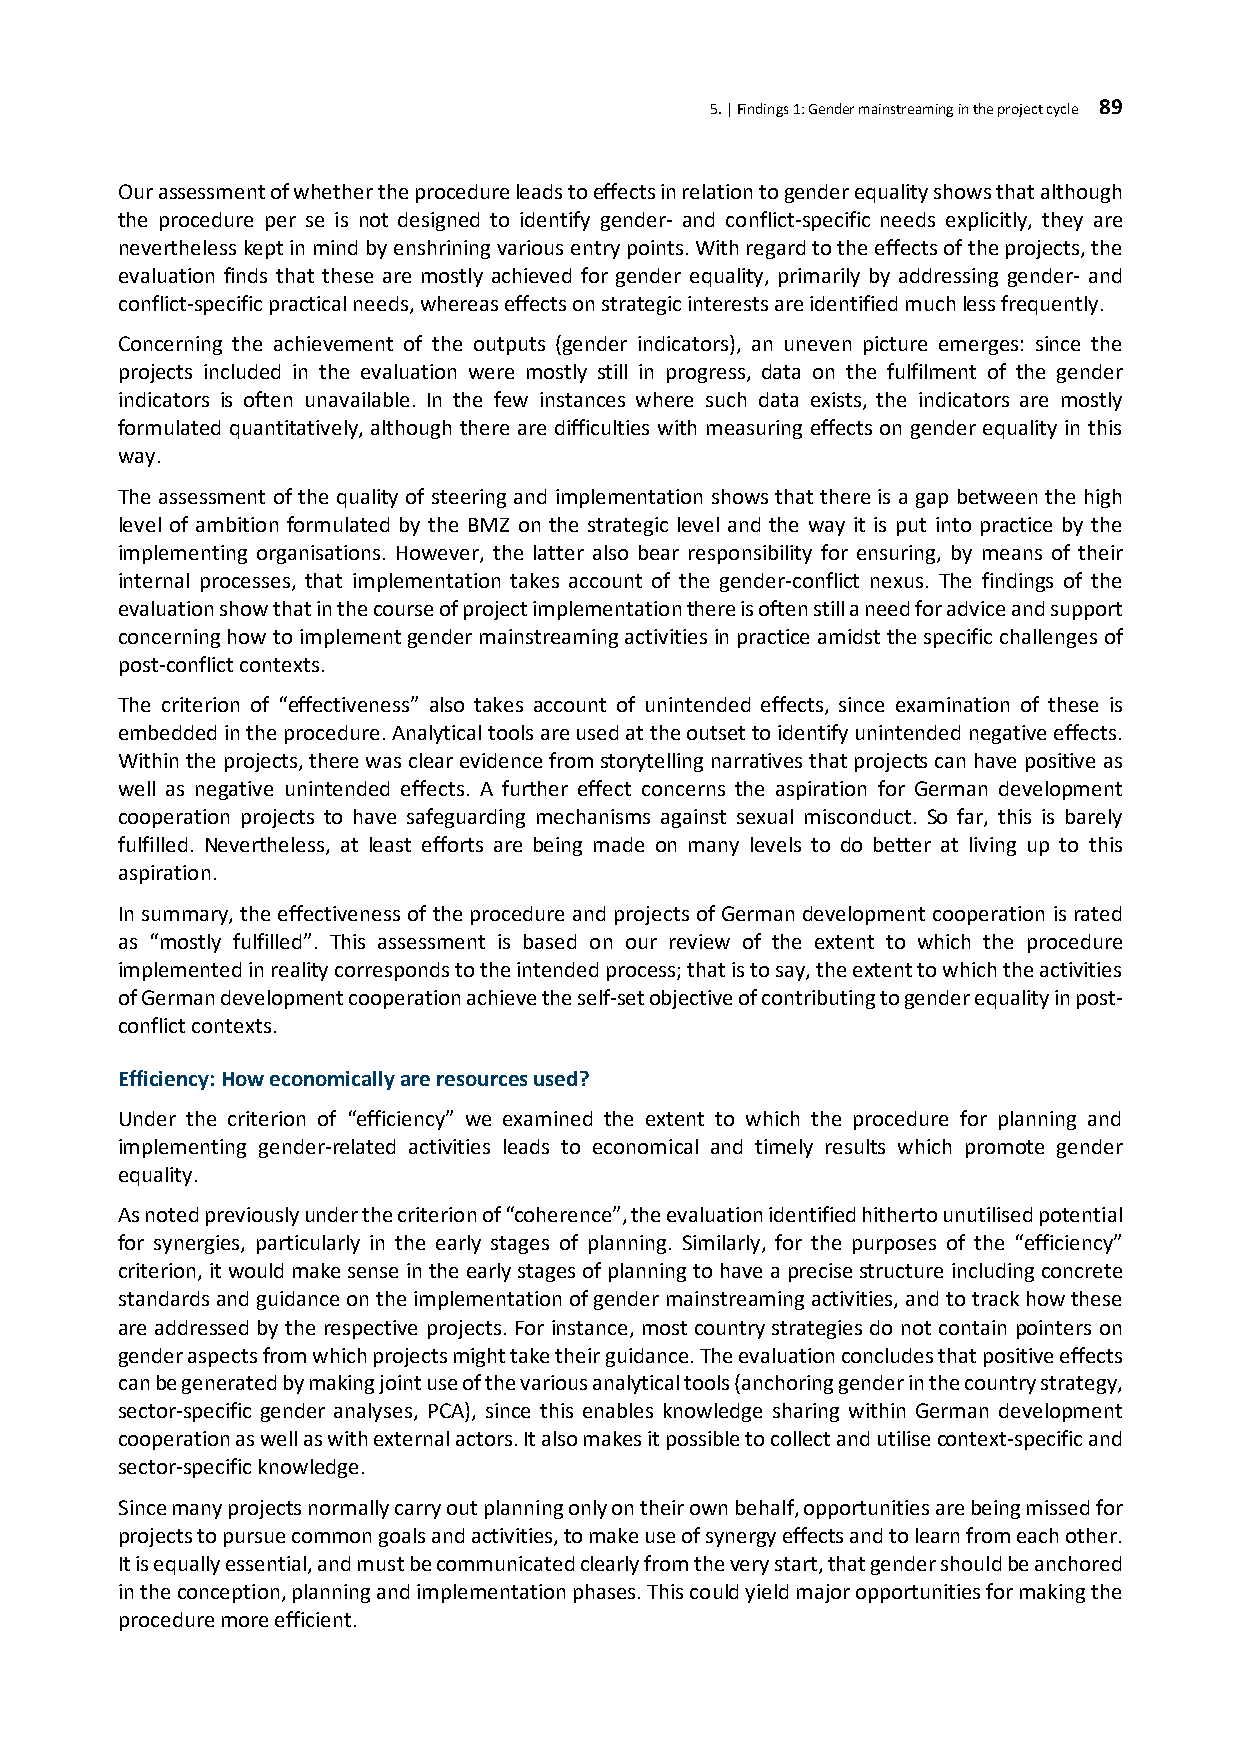
5. | Findings 1: Gender mainstreaming in the project cycle 89
 Our assessment of whether the procedure leads to effects in relation to gender equality shows that although
 the procedure per se is not designed to identify gender- and conflict-specific needs explicitly, they are
 nevertheless kept in mind by enshrining various entry points. With regard to the effects of the projects, the
 evaluation finds that these are mostly achieved for gender equality, primarily by addressing gender- and
 conflict-specific practical needs, whereas effects on strategic interests are identified much less frequently.
 Concerning the achievement of the outputs (gender indicators), an uneven picture emerges: since the
 projects included in the evaluation were mostly still in progress, data on the fulfilment of the gender
 indicators is often unavailable. In the few instances where such data exists, the indicators are mostly
 formulated quantitatively, although there are difficulties with measuring effects on gender equality in this
 way.
 The assessment of the quality of steering and implementation shows that there is a gap between the high
 level of ambition formulated by the BMZ on the strategic level and the way it is put into practice by the
 implementing organisations. However, the latter also bear responsibility for ensuring, by means of their
 internal processes, that implementation takes account of the gender-conflict nexus. The findings of the
 evaluation show that in the course of project implementation there is often still a need for advice and support
 concerning how to implement gender mainstreaming activities in practice amidst the specific challenges of
 post-conflict contexts.
 The criterion of “effectiveness” also takes account of unintended effects, since examination of these is
 embedded in the procedure. Analytical tools are used at the outset to identify unintended negative effects.
 Within the projects, there was clear evidence from storytelling narratives that projects can have positive as
 well as negative unintended effects. A further effect concerns the aspiration for German development
 cooperation projects to have safeguarding mechanisms against sexual misconduct. So far, this is barely
 fulfilled. Nevertheless, at least efforts are being made on many levels to do better at living up to this
 aspiration.
 In summary, the effectiveness of the procedure and projects of German development cooperation is rated
 as “mostly fulfilled”. This assessment is based on our review of the extent to which the procedure
 implemented in reality corresponds to the intended process; that is to say, the extent to which the activities
 of German development cooperation achieve the self-set objective of contributing to gender equality in post-
 conflict contexts.
 Efficiency: How economically are resources used?
 Under the criterion of “efficiency” we examined the extent to which the procedure for planning and
 implementing gender-related activities leads to economical and timely results which promote gender
 equality.
 As noted previously under the criterion of “coherence”, the evaluation identified hitherto unutilised potential
 for synergies, particularly in the early stages of planning. Similarly, for the purposes of the “efficiency”
 criterion, it would make sense in the early stages of planning to have a precise structure including concrete
 standards and guidance on the implementation of gender mainstreaming activities, and to track how these
 are addressed by the respective projects. For instance, most country strategies do not contain pointers on
 gender aspects from which projects might take their guidance. The evaluation concludes that positive effects
 can be generated by making joint use of the various analytical tools (anchoring gender in the country strategy,
 sector-specific gender analyses, PCA), since this enables knowledge sharing within German development
 cooperation as well as with external actors. It also makes it possible to collect and utilise context-specific and
 sector-specific knowledge.
 Since many projects normally carry out planning only on their own behalf, opportunities are being missed for
 projects to pursue common goals and activities, to make use of synergy effects and to learn from each other.
 It is equally essential, and must be communicated clearly from the very start, that gender should be anchored
 in the conception, planning and implementation phases. This could yield major opportunities for making the
 procedure more efficient.